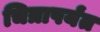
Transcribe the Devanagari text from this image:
चित्रापर्यंत